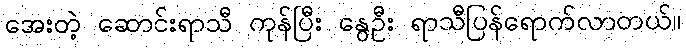
အေးတဲ့ ဆောင်းရာသီ ကုန်ပြီး နွေဦး ရာသီပြန်ရောက်လာတယ်။